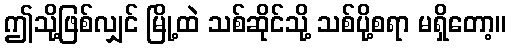
ဤသို့ဖြစ်လျှင် မြို့ထဲ သစ်ဆိုင်သို့ သစ်ပို့စရာ မရှိတော့။